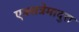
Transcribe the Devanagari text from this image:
एक्सत्रेमादुरा